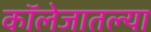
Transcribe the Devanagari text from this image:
कॉलेजातल्या